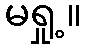
မရှု့။